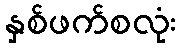
နှစ်ဖက်စလုံး